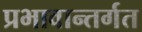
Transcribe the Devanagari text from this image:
प्रभावान्तर्गत